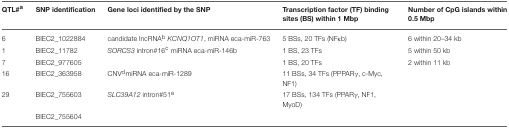
<table><thead><tr><td><b>QTL#<sup>a</sup></b></td><td><b>SNP identification</b></td><td><b>Gene loci identified by the SNP</b></td><td><b>Transcription factor (TF) binding sites (BS) within 1 Mbp</b></td><td><b>Number of CpG islands within 0.5 Mbp</b></td></tr></thead><tbody><tr><td>6</td><td>BIEC2_1022884</td><td>candidate lncRNA<sup>b</sup><i>KCNQ1OT1</i>, miRNA eca-miR-763</td><td>5 BSs, 20 TFs (NFκb)</td><td>6 within 20–34 kb</td></tr><tr><td>1</td><td>BIEC2_11782</td><td><i>SORCS3</i> intron#16<sup>c</sup> miRNA eca-miR-146b</td><td>1 BS, 23 TFs</td><td>5 within 50 kb</td></tr><tr><td>7</td><td>BIEC2_977605</td><td></td><td>1 BS, 20 TFs</td><td>2 within 11 kb</td></tr><tr><td>16</td><td>BIEC2_363958</td><td>CNV<sup>d</sup>miRNA eca-miR-1289</td><td>11 BSs, 34 TFs (PPPARγ, c-Myc, NF1)</td><td></td></tr><tr><td>29</td><td>BIEC2_755603</td><td><i>SLC39A12</i> intron#51<sup>e</sup></td><td>17 BSs, 134 TFs (PPARγ, NF1, MyoD)</td><td></td></tr><tr><td></td><td>BIEC2_755604</td><td></td><td></td><td></td></tr></tbody></table>